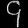
Digit: ၄